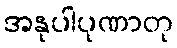
အနုပါပုဏာတု